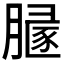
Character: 𰯒